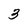
Character: 3